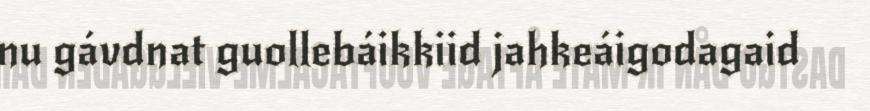
nu gávdnat guollebáikkiid jahkeáigodagaid